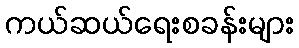
ကယ်ဆယ်ရေးစခန်းများ